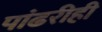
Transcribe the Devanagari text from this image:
पांढरीही